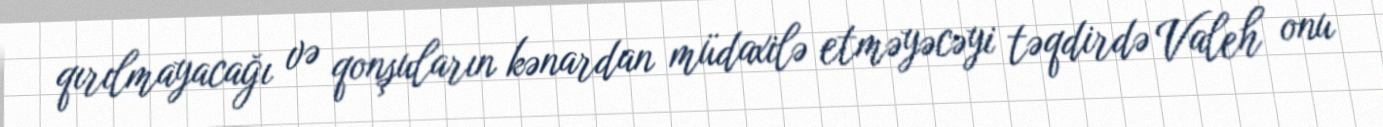
qırılmayacağı və qonşuların kənardan müdaxilə etməyəcəyi təqdirdə Valeh onu